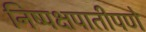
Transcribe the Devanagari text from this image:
निष्पक्षपातीपणे